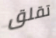
تقلق